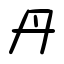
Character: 丹